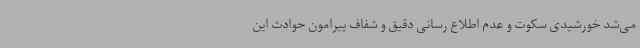
می‌شد خورشیدی سکوت و عدم اطلاع رسانی دقیق و شفاف پیرامون حوادث این